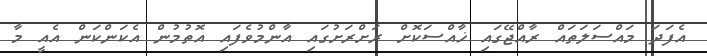
އެފަދަ މައްސަލަތައް ރާއްޖޭގައި ޚާއްސަކޮށް ރަށްރަށުގައި އާންމުވެފައި އޮތުމުން އެކަންކަން އެއީ މާ